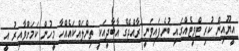
އީޔޫއިން ކުރި ޓްވީޓެއްގައި ބުނެފައިވަނީ ރާއްޖޭގެ އާބާދީއަކީ ތިންލައްކައެއްހާ މީހުން ކަމަށްވާއިރު އީ